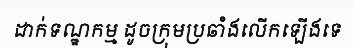
ដាក់ទណ្ឌកម្ម ដូចក្រុមប្រឆាំងលើកឡើងទេ